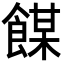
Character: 𩝇